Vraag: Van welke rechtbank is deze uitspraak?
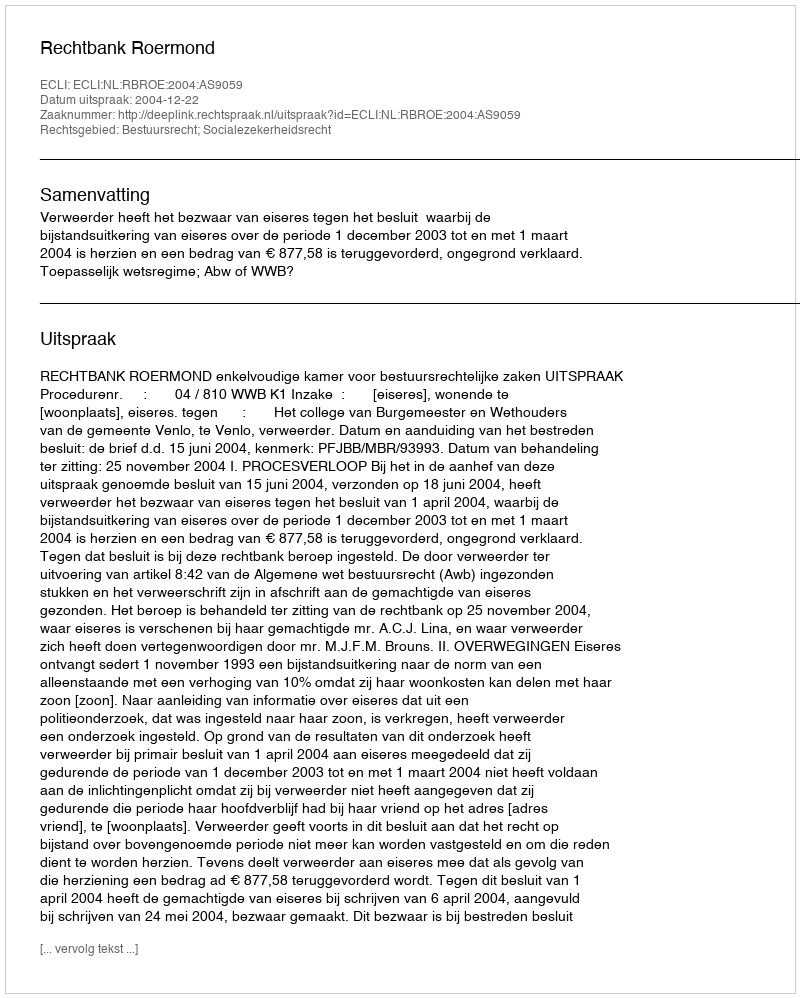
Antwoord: Rechtbank Roermond